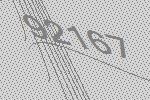
92167